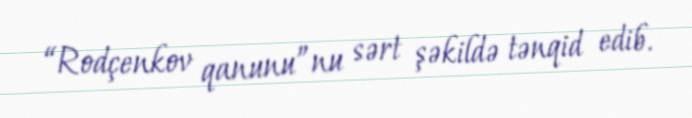
“Rodçenkov qanunu”nu sərt şəkildə tənqid edib.